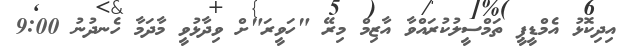
އިދިކޮޅު އެމްޑީޕީ ތަމްސީލުކުރައްވާ އާޒިމް މިރޭ "ހަވީރަ"ށް ވިދާޅުވީ މާދަމާ ހެނދުނު 9:00